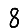
Digit: 8